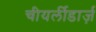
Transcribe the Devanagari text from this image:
चीयर्लीडार्ज़